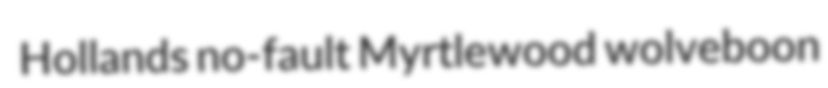
Hollands no-fault Myrtlewood wolveboon